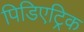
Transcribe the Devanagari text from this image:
पिडिएट्रिक